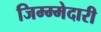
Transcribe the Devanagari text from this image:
जिम्म्मेदारी